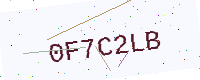
Text: 0F7C2LB